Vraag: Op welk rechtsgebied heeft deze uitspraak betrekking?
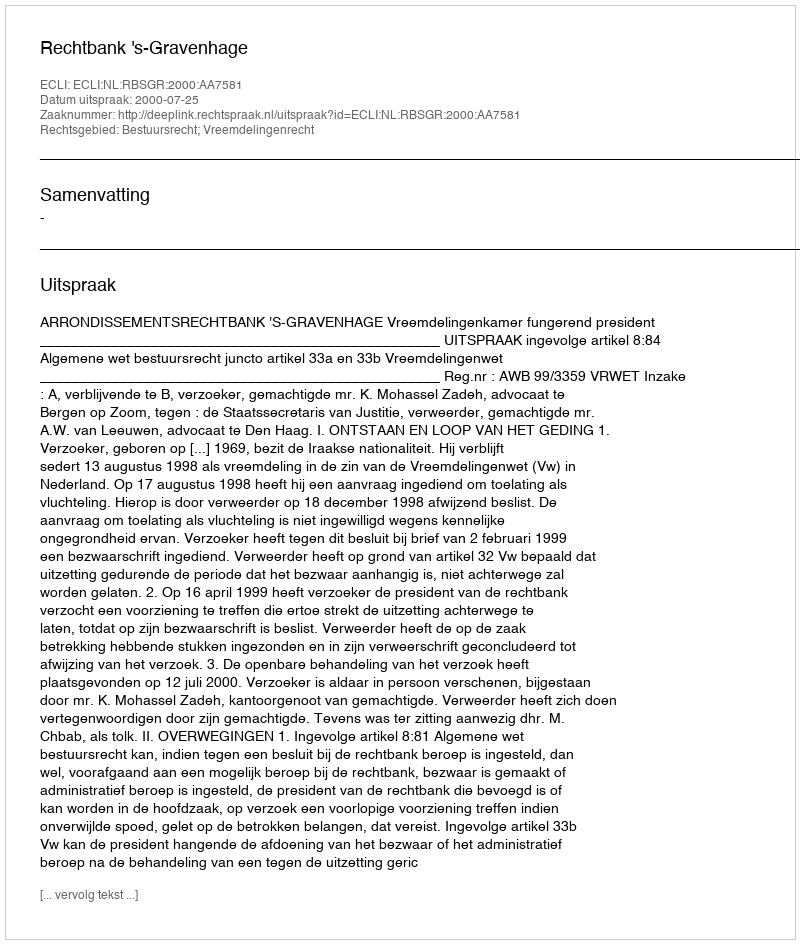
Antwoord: Bestuursrecht; Vreemdelingenrecht